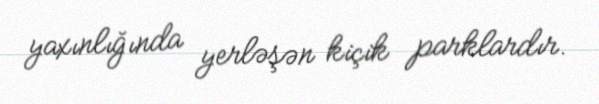
yaxınlığında yerləşən kiçik parklardır.